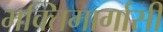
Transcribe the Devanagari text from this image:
भक्तिमार्गासी